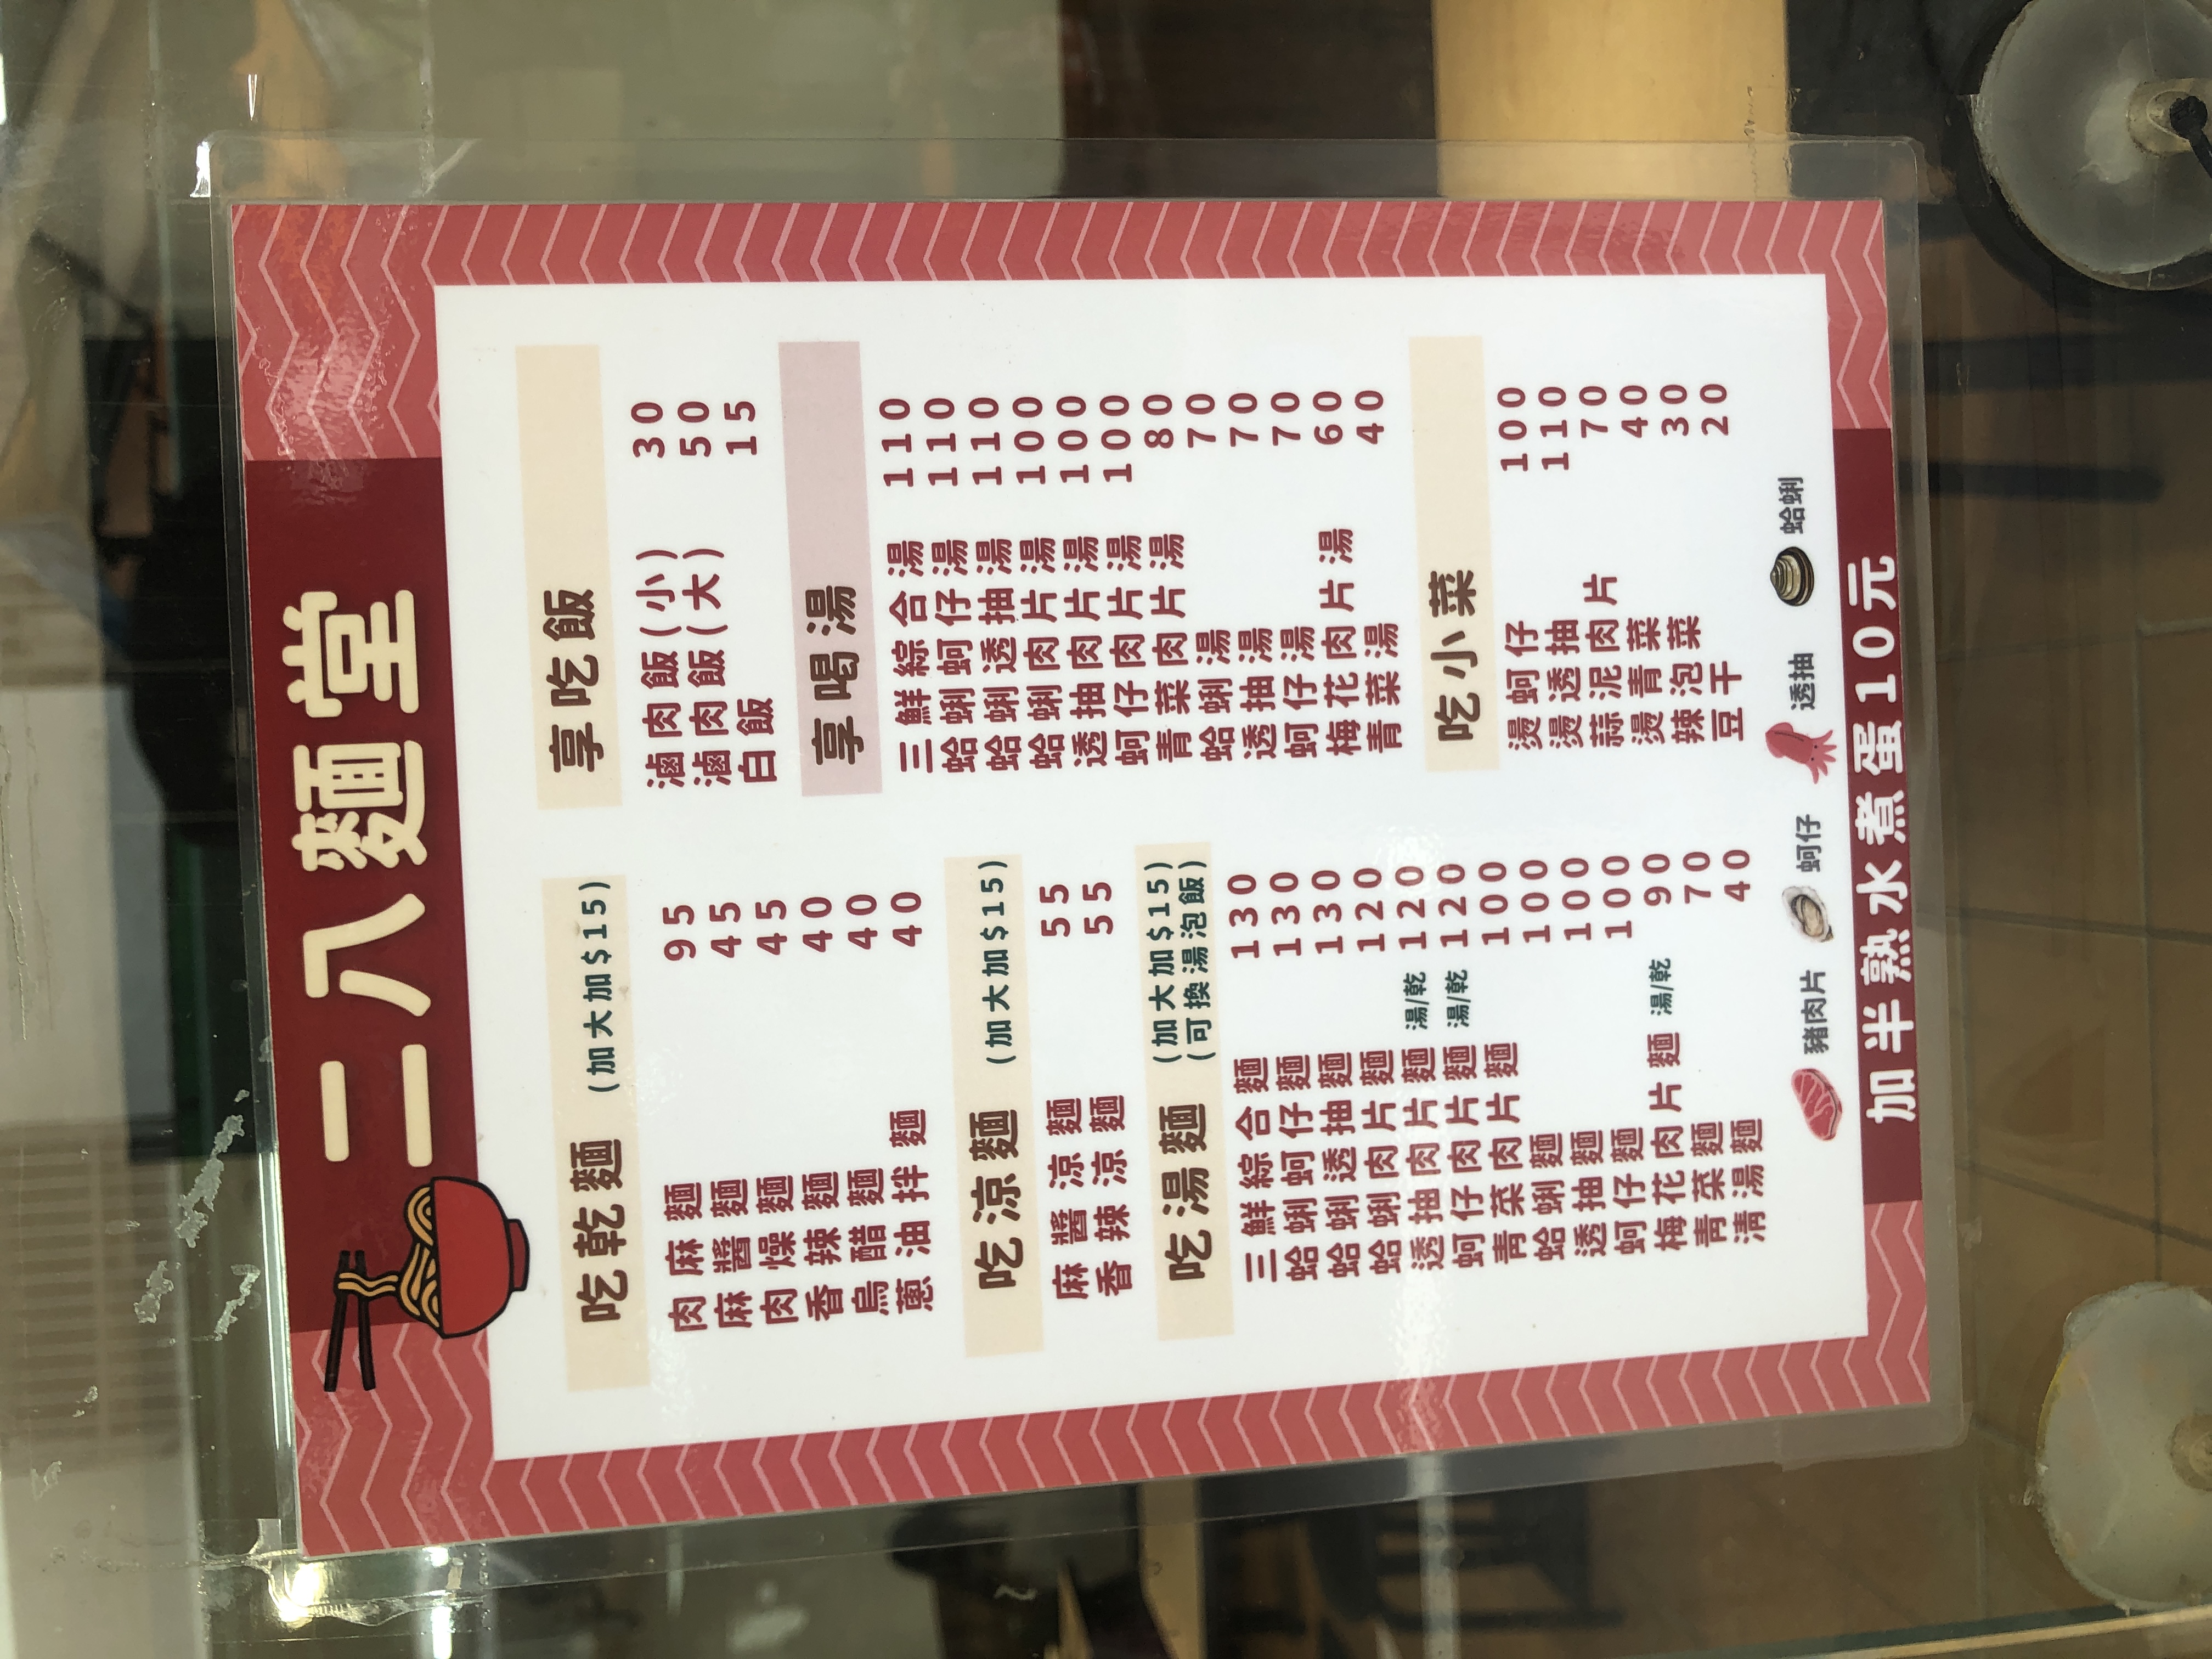
餐廳：二八麵堂
菜單：
name: 滷肉飯 (小)
price: 30
name: 滷肉飯 (大)
price: 50
name: 白飯
price: 15
name: 乾麵
price: 95
name: 肉燥麵
price: 45
name: 肉羹麵
price: 45
name: 餛飩麵
price: 40
name: 魚丸麵
price: 40
name: 油拌麵
price: 40
name: 鮮蚵湯
price: 110
name: 蛤蜊湯
price: 110
name: 鮮蝦湯
price: 110
name: 豬肝湯
price: 100
name: 豬肉湯
price: 100
name: 青菜湯
price: 80
name: 貢丸湯
price: 70
name: 蛋花湯
price: 70
name: 蘿蔔湯
price: 60
name: 青菜湯
price: 40
name: 麻醬麵
price: 55
name: 香辣涼麵
price: 55
name: 三鮮綜合麵
price: 130
name: 蛤蜊麵
price: 130
name: 鮮蝦麵
price: 130
name: 豬肝麵
price: 120
name: 豬肉麵
price: 120
name: 魚片麵
price: 100
name: 透抽麵
price: 100
name: 豬腳麵
price: 100
name: 貢丸麵
price: 90
name: 餛飩麵
price: 70
name: 青菜麵
price: 40
name: 涼拌豬肝
price: 100
name: 涼拌豬頭皮
price: 110
name: 涼拌黃瓜
price: 70
name: 涼拌泡菜
price: 40
name: 辣豆干
price: 30
name: 滷蛋
price: 20